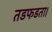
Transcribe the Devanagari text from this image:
तडफडता।